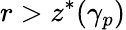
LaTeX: r>z^{*}(\gamma_{p})